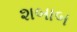
શબાબ